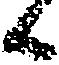
候